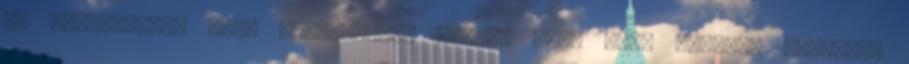
az emberekről, akik szerepelnek benne, akár csak említés szintjén